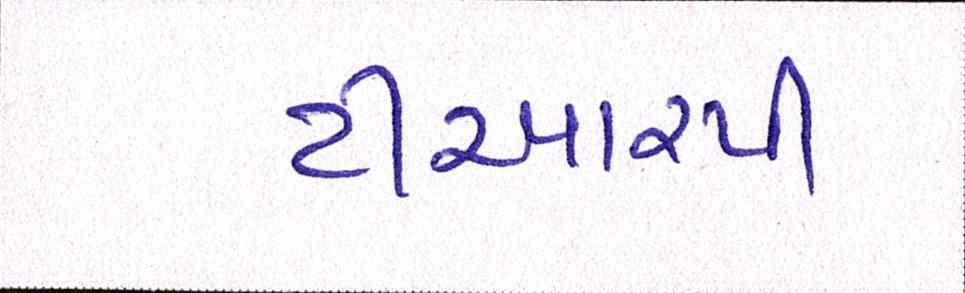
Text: ટીઆરપી